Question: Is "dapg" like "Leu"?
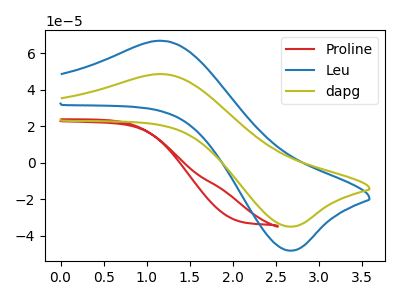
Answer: <think>The red curve "Proline" has no peaks. The blue curve "Leu" has an anodic peak at (1.20V, 66.85uA) and a cathodic peak at (2.70V, -48.20uA). The olive curve "dapg" has an anodic peak at (1.20V, 48.60uA) and a cathodic peak at (2.70V, -35.00uA).
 All the peaks in "dapg" have a peak in "Leu" at the same potential. Every peak in "dapg" is lower than every peak in "Leu".</think>
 <answer>"dapg" and "Leu" are similar in shape.</answer>
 <eval>same_shape</eval>